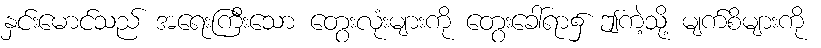
နှင်းမောင်သည် အရေးကြီးသော တွေးလုံးများကို တွေးခေါ်ရာ၌ ဤကဲ့သို့ မျက်စိများကို